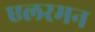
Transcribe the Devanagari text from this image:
एलरमन